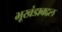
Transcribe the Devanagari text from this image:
भूखंडाबद्दल